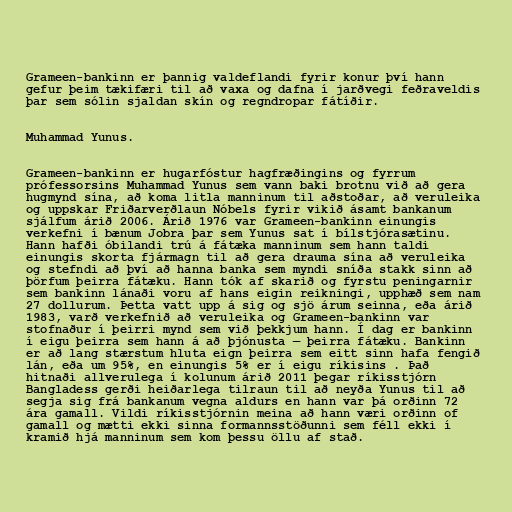
Grameen-bankinn er þannig valdeflandi fyrir konur því hann
gefur þeim tækifæri til að vaxa og dafna í jarðvegi feðraveldis
þar sem sólin sjaldan skín og regndropar fátíðir.

Muhammad Yunus.

Grameen-bankinn er hugarfóstur hagfræðingins og fyrrum
prófessorsins Muhammad Yunus sem vann baki brotnu við að gera
hugmynd sína, að koma litla manninum til aðstoðar, að veruleika
og uppskar Friðarverðlaun Nóbels fyrir vikið ásamt bankanum
sjálfum árið 2006. Árið 1976 var Grameen-bankinn einungis
verkefni í bænum Jobra þar sem Yunus sat í bílstjórasætinu.
Hann hafði óbilandi trú á fátæka manninum sem hann taldi
einungis skorta fjármagn til að gera drauma sína að veruleika
og stefndi að því að hanna banka sem myndi sníða stakk sinn að
þörfum þeirra fátæku. Hann tók af skarið og fyrstu peningarnir
sem bankinn lánaði voru af hans eigin reikningi, upphæð sem nam
27 dollurum. Þetta vatt upp á sig og sjö árum seinna, eða árið
1983, varð verkefnið að veruleika og Grameen-bankinn var
stofnaður í þeirri mynd sem við þekkjum hann. Í dag er bankinn
í eigu þeirra sem hann á að þjónusta — þeirra fátæku. Bankinn
er að lang stærstum hluta eign þeirra sem eitt sinn hafa fengið
lán, eða um 95%, en einungis 5% er í eigu ríkisins . Það
hitnaði allverulega í kolunum árið 2011 þegar ríkisstjórn
Bangladess gerði heiðarlega tilraun til að neyða Yunus til að
segja sig frá bankanum vegna aldurs en hann var þá orðinn 72
ára gamall. Vildi ríkisstjórnin meina að hann væri orðinn of
gamall og mætti ekki sinna formannsstöðunni sem féll ekki í
kramið hjá manninum sem kom þessu öllu af stað.